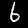
Label: 6